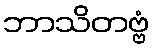
ဘာသိတဗ္ဗံ